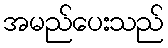
အမည်ပေးသည်